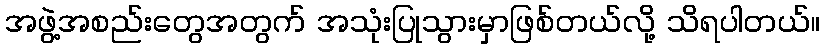
အဖွဲ့အစည်းတွေအတွက် အသုံးပြုသွားမှာဖြစ်တယ်လို့ သိရပါတယ်။